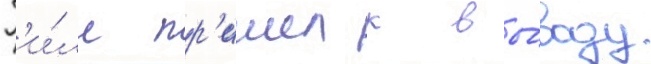
Г'и́лл пр'ишел к вы́воду